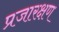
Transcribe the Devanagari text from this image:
प्रजारक्षण